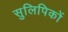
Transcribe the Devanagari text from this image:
सुलिपिकों